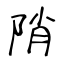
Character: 陗